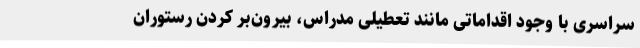
سراسری با وجود اقداماتی مانند تعطیلی مدراس، بیرون‌بر کردن رستوران